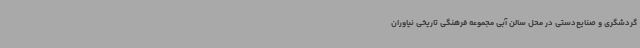
گردشگری و صنایع‌دستی در محل سالن آبی مجموعه فرهنگی تاریخی نیاوران